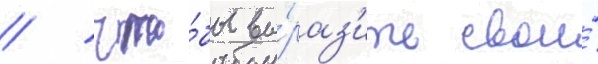
/ что́бы вы́раз'ить свои́